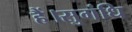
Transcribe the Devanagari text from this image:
हैं।सुगंधि